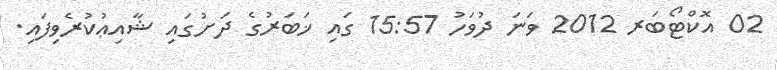
02 އޮކްޓޯބަރ 2012 ވަނަ ދުވަހު 15:57 ގައި ޚަބަރުގެ ދަށުގައި ޝާއިޢުކުރެވިފައި.